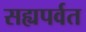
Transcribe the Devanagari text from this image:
सह्यपर्वत